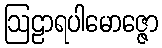
ဩဠာရပါမောဇ္ဇော